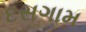
દસગામ